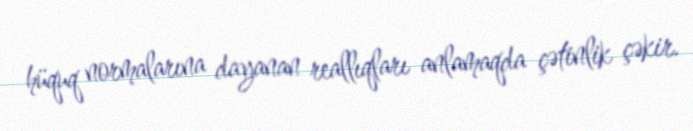
hüquq normalarına dayanan reallıqları anlamaqda çətinlik çəkir.